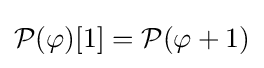
{\mathcal {P}}(\varphi )[1]={\mathcal {P}}(\varphi +1)